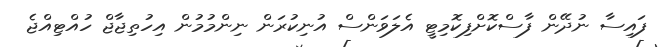
ފައިސާ ނުދޭން ފާސްކޮށްފިކޮމިޓީ އެލަވަންސް އުނިކުރަން ނިންމުމުން އިހުތިޖާޖް ހުއްޓިއްޖެ